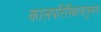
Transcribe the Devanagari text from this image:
कालपरिस्थित्यनुरूप